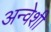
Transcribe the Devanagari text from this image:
अन्वेशी